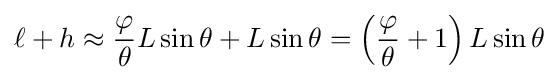
\ell +h\approx {\frac {\varphi }{\theta }}L\sin \theta +L\sin \theta =\left({\frac {\varphi }{\theta }}+1\right)L\sin \theta